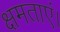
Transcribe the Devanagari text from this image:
क्षमताएं।